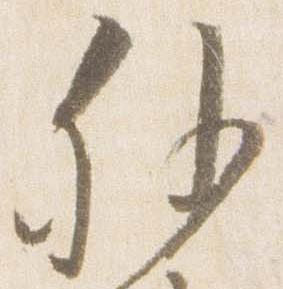
外